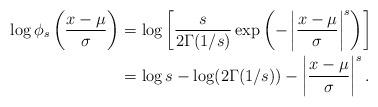
LaTeX: \begin{align*}\log\phi_s\left( \frac{x-\mu}{\sigma} \right)&=\log\left[\frac{s}{2\Gamma(1/s)}\exp\left( -\left|\frac{x-\mu}{\sigma} \right|^s \right)\right]\\&=\log s-\log(2\Gamma(1/s))-\left| \frac{x-\mu}{\sigma} \right|^s.\end{align*}